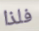
فلذا